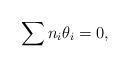
LaTeX: \begin{align*}\sum n_i \theta_i=0,\end{align*}